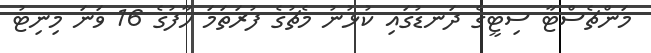
މަންޗެސްޓާ ސިޓީގެ ދަނޑުގައި ކުޅުނު މެޗުގެ ފުރަތަމަ ހާފުގެ 16 ވަނަ މިނިޓު